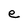
Character: e